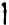
1